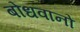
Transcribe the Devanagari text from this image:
बोधवानों